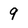
Character: 9